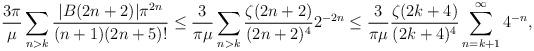
LaTeX: \begin{align*} \frac{3\pi}{\mu} \sum_{n>k} \frac{ | B(2n+2) | \pi^{2n}}{(n+1) (2n+5)!} \leq \frac{3}{\pi \mu} \sum_{n>k} \frac{ \zeta(2n+2) }{(2n+2)^4} 2^{-2n} \leq \frac{3}{\pi \mu} \frac{ \zeta(2k+4) }{(2k+4)^4} \sum_{n = k+1}^\infty 4^{-n},\end{align*}